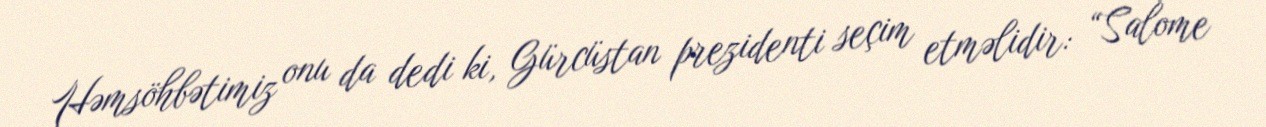
Həmsöhbətimiz onu da dedi ki, Gürcüstan prezidenti seçim etməlidir: “Salome